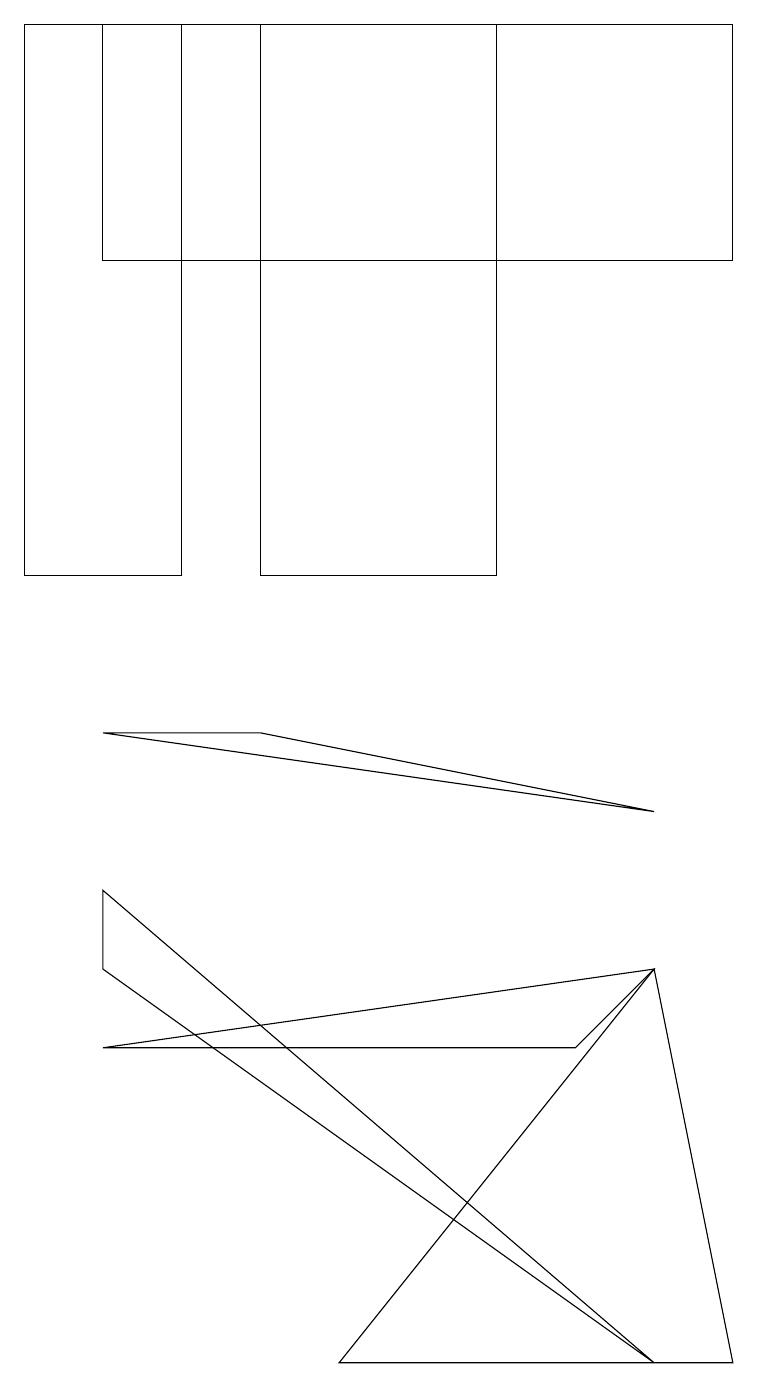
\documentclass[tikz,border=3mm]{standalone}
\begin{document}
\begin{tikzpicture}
\draw (0,18) rectangle (2,11);
\draw (8,6) -- (4,1) -- (9,1) -- cycle;
\draw (8,6) -- (7,5) -- (1,5) -- cycle;
\draw (1,18) rectangle (9,15);
\draw (8,8) -- (3,9) -- (1,9) -- cycle;
\draw (6,18) rectangle (3,11);
\draw (1,7) -- (8,1) -- (1,6) -- cycle;
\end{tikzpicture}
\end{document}